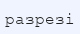
разрезі